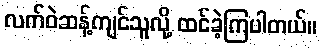
လက်ဝဲဆန့်ကျင်သူလို့ ထင်ခဲ့ကြပါတယ်။